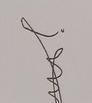
Signature authenticity: genuine